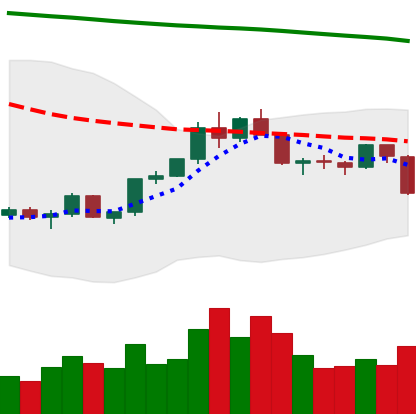
Ticker: LTC-USD
Chart end date: 2022-02-17
Forward return: -7.549%
Label: down_7plus